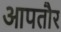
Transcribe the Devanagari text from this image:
आपतौर